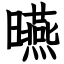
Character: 曣